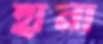
হানা